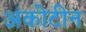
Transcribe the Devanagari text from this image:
अंकोटीन